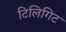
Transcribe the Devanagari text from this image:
टिलिगिट